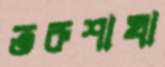
তরুশাখা